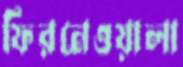
ফিরনেওয়ালা